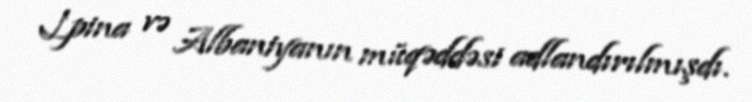
Lpina və Albaniyanın müqəddəsi adlandırılmışdı.